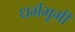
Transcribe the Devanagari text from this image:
धर्मभूमी